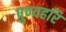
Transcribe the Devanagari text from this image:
पुण्यहरि